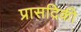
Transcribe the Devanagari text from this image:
प्रासदिकी